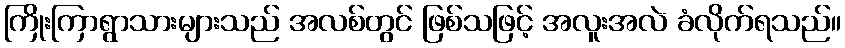
ကြိုးကြာရွာသားများသည် အလစ်တွင် ဖြစ်သဖြင့် အလူးအလဲ ခံလိုက်ရသည်။